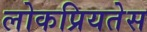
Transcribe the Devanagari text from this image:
लोकप्रियतेस